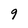
Character: 9